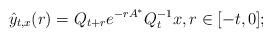
LaTeX: \begin{align*}\hat y_{t,x}(r)=Q_{t+r}e^{-rA^*}Q_t^{-1}x, r \in [-t,0];\end{align*}